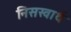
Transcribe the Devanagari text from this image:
निसस्वार्थ